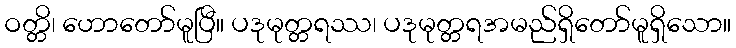
ဝတ္တိ၊ ဟောတော်မူပြီ။ ပဒုမုတ္တရဿ၊ ပဒုမုတ္တရအမည်ရှိတော်မူရှိသော။